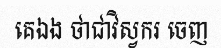
គេឯង ថាជាវិស្វករ ចេញ